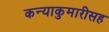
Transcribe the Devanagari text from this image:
कन्याकुमारीसह